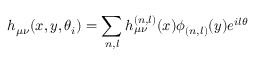
h _ { \mu \nu } ( x , y , \theta _ { i } ) = \sum _ { n , l } h _ { \mu \nu } ^ { ( n , l ) } ( x ) \phi _ { ( n , l ) } ( y ) e ^ { i l \theta }